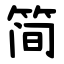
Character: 简